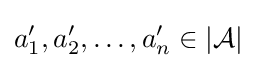
a_{1}',a_{2}',\dots ,a_{n}'\in |{\mathcal {A}}|